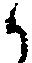
か